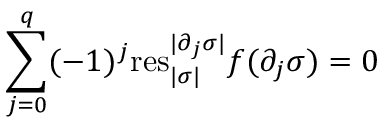
\sum _ { j = 0 } ^ { q } ( - 1 ) ^ { j } \mathrm { r e s } _ { | \sigma | } ^ { | \partial _ { j } \sigma | } f ( \partial _ { j } \sigma ) = 0